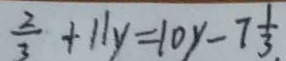
\frac { 2 } { 3 } + 1 1 y = 1 0 y - 7 \frac { 1 } { 3 } .